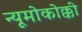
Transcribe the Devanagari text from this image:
न्यूमोकोक्की